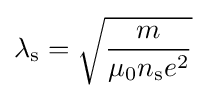
\lambda _{\rm {s}}={\sqrt {\frac {m}{\mu _{0}n_{\rm {s}}e^{2}}}}